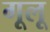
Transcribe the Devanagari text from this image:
गूलू